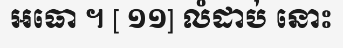
អធោ ។ [ ១១] លំដាប់ នោះ